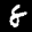
Label: 8